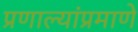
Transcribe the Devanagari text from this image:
प्रणाल्यांप्रमाणे